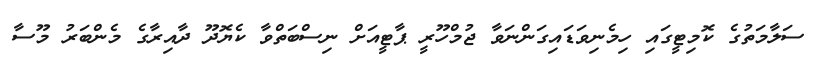
ސަލާމަތުގެ ކޮމިޓީގައި ހިމެނިވަޑައިގަންނަވާ ޖުމްހޫރީ ޕާޓީއަށް ނިސްބަތްވާ ކެޔޮދޫ ދާއިރާގެ މެންބަރު މޫސާ